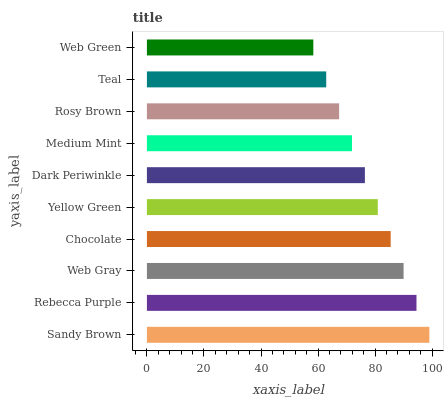
| yaxis_label | bars |
 | --- | --- |
 | Sandy Brown | 99 |
 | Rebecca Purple | 94.5 |
 | Web Gray | 90 |
 | Chocolate | 85.4 |
 | Yellow Green | 80.9 |
 | Dark Periwinkle | 76.4 |
 | Medium Mint | 71.9 |
 | Rosy Brown | 67.4 |
 | Teal | 62.8 |
 | Web Green | 58.3 |